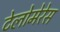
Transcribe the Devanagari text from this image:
टेलोमेरेस